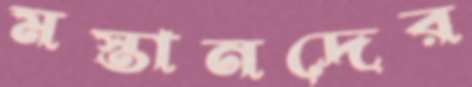
মস্তানদের